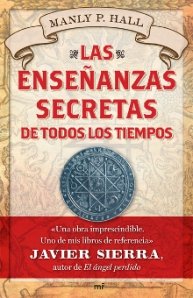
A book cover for Las ensenanzas secretas de todos los tiempos / The Secret Teachings of All Ages (Spanish Edition); Manly P. Hall; Religion & Spirituality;